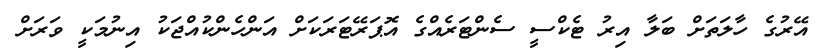
އޭރުގެ ހާލަތަށް ބަލާ އިރު ޓެކްސީ ސެންޓަރެއްގެ އޮޕަރޭޓަރަކަށް އަންހެންކުއްޖަކު އިނުމަކީ ވަރަށް